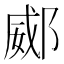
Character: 𨜠